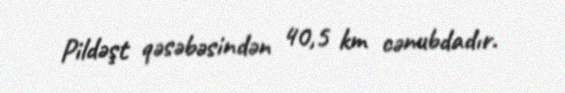
Pildəşt qəsəbəsindən 40,5 km cənubdadır.